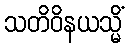
သတိဝိနယသ္မိံ